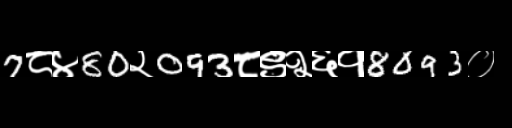
Text: 7८४80२093८९२६१8093०